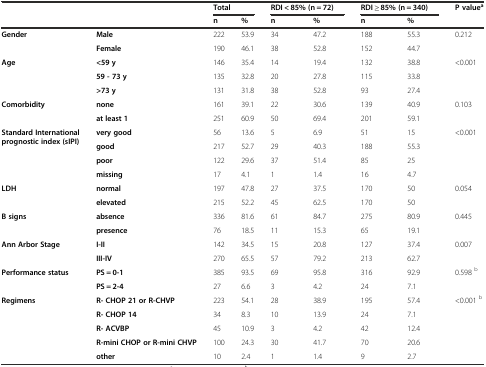
<table><thead><tr><td></td><td></td><td colspan="2"><b>Total</b></td><td colspan="2"><b>RDI &lt; 85% (n = 72)</b></td><td colspan="2"><b>RDI ≥ 85% (n = 340)</b></td><td rowspan="2"><b>P value<sup>a</sup></b></td></tr><tr><td></td><td></td><td><b>n</b></td><td><b>%</b></td><td><b>n</b></td><td><b>%</b></td><td><b>n</b></td><td><b>%</b></td></tr></thead><tbody><tr><td rowspan="2"><b>Gender</b></td><td><b>Male</b></td><td>222</td><td>53.9</td><td>34</td><td>47.2</td><td>188</td><td>55.3</td><td>0.212</td></tr><tr><td><b>Female</b></td><td>190</td><td>46.1</td><td>38</td><td>52.8</td><td>152</td><td>44.7</td><td></td></tr><tr><td rowspan="3"><b>Age</b></td><td><b>&lt;59 y</b></td><td>146</td><td>35.4</td><td>14</td><td>19.4</td><td>132</td><td>38.8</td><td>&lt;0.001</td></tr><tr><td><b>59 - 73 y</b></td><td>135</td><td>32.8</td><td>20</td><td>27.8</td><td>115</td><td>33.8</td><td></td></tr><tr><td><b>&gt;73 y</b></td><td>131</td><td>31.8</td><td>38</td><td>52.8</td><td>93</td><td>27.4</td><td></td></tr><tr><td rowspan="2"><b>Comorbidity</b></td><td><b>none</b></td><td>161</td><td>39.1</td><td>22</td><td>30.6</td><td>139</td><td>40.9</td><td>0.103</td></tr><tr><td><b>at least 1</b></td><td>251</td><td>60.9</td><td>50</td><td>69.4</td><td>201</td><td>59.1</td><td></td></tr><tr><td rowspan="4"><b>Standard International prognostic index</b><b>(sIPI)</b></td><td><b>very good</b></td><td>56</td><td>13.6</td><td>5</td><td>6.9</td><td>51</td><td>15</td><td>&lt;0.001</td></tr><tr><td><b>good</b></td><td>217</td><td>52.7</td><td>29</td><td>40.3</td><td>188</td><td>55.3</td><td></td></tr><tr><td><b>poor</b></td><td>122</td><td>29.6</td><td>37</td><td>51.4</td><td>85</td><td>25</td><td></td></tr><tr><td><b>missing</b></td><td>17</td><td>4.1</td><td>1</td><td>1.4</td><td>16</td><td>4.7</td><td></td></tr><tr><td rowspan="2"><b>LDH</b></td><td><b>normal</b></td><td>197</td><td>47.8</td><td>27</td><td>37.5</td><td>170</td><td>50</td><td>0.054</td></tr><tr><td><b>elevated</b></td><td>215</td><td>52.2</td><td>45</td><td>62.5</td><td>170</td><td>50</td><td></td></tr><tr><td rowspan="2"><b>B signs</b></td><td><b>absence</b></td><td>336</td><td>81.6</td><td>61</td><td>84.7</td><td>275</td><td>80.9</td><td>0.445</td></tr><tr><td><b>presence</b></td><td>76</td><td>18.5</td><td>11</td><td>15.3</td><td>65</td><td>19.1</td><td></td></tr><tr><td rowspan="2"><b>Ann Arbor Stage</b></td><td><b>I-II</b></td><td>142</td><td>34.5</td><td>15</td><td>20.8</td><td>127</td><td>37.4</td><td>0.007</td></tr><tr><td><b>III-IV</b></td><td>270</td><td>65.5</td><td>57</td><td>79.2</td><td>213</td><td>62.7</td><td></td></tr><tr><td rowspan="2"><b>Performance status</b></td><td><b>PS = 0-1</b></td><td>385</td><td>93.5</td><td>69</td><td>95.8</td><td>316</td><td>92.9</td><td>0.598 <sup>b</sup></td></tr><tr><td><b>PS = 2-4</b></td><td>27</td><td>6.6</td><td>3</td><td>4.2</td><td>24</td><td>7.1</td><td></td></tr><tr><td rowspan="5"><b>Regimens</b></td><td><b>R- CHOP 21 or R-CHVP</b></td><td>223</td><td>54.1</td><td>28</td><td>38.9</td><td>195</td><td>57.4</td><td>&lt;0.001 <sup>b</sup></td></tr><tr><td><b>R- CHOP 14</b></td><td>34</td><td>8.3</td><td>10</td><td>13.9</td><td>24</td><td>7.1</td><td></td></tr><tr><td><b>R- ACVBP</b></td><td>45</td><td>10.9</td><td>3</td><td>4.2</td><td>42</td><td>12.4</td><td></td></tr><tr><td><b>R-mini CHOP or R-mini CHVP</b></td><td>100</td><td>24.3</td><td>30</td><td>41.7</td><td>70</td><td>20.6</td><td></td></tr><tr><td><b>other</b></td><td>10</td><td>2.4</td><td>1</td><td>1.4</td><td>9</td><td>2.7</td><td></td></tr></tbody></table>